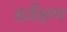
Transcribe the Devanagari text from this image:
सर्वे़क्षण